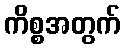
ကိစ္စအတွက်